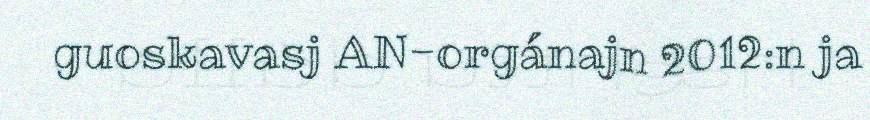
guoskavasj AN-orgánajn 2012:n ja